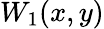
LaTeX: W_{1}(x,y)